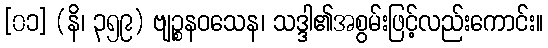
[၀၁] (နိ၊ ၃၅၉) ဗျဉ္စနဝသေန၊ သဒ္ဒါ၏အစွမ်းဖြင့်လည်းကောင်း။